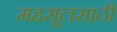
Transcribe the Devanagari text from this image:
महसूलसाठी